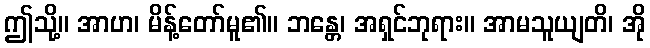
ဤသို့။ အာဟ၊ မိန့်တော်မူ၏။ ဘန္တေ၊ အရှင်ဘုရား။ အာမသူယျတိ၊ အို